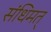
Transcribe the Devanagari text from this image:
संधिमत्